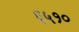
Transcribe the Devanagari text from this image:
६५१०